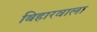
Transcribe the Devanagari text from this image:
बिहारवाला